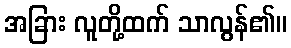
အခြား လူတို့ထက် သာလွန်၏။